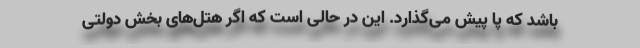
باشد که پا پیش می‌گذارد. این در حالی است که اگر هتل‌های بخش دولتی